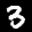
Label: 3